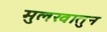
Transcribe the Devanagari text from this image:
मुलखातुन